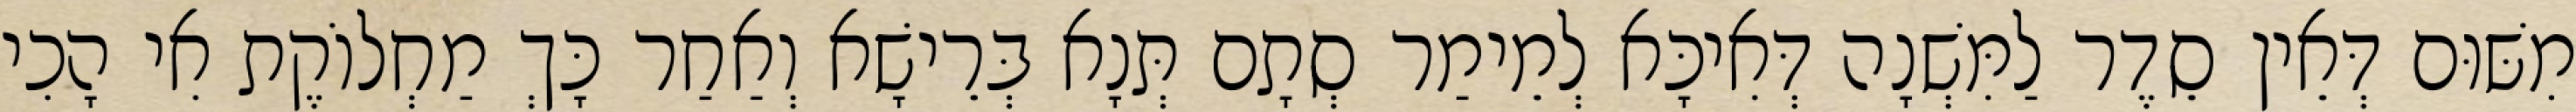
מִשּׁוּם דְּאֵין סֵדֶר לַמִּשְׁנָה דְּאִיכָּא לְמֵימַר סְתָם תְּנָא בְּרֵישָׁא וְאַחַר כָּךְ מַחְלוֹקֶת אִי הָכִי